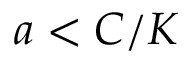
a < C / K